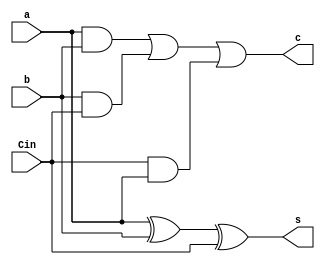
module FA_df(s, c, a, b, Cin);
  input a, b, Cin;
  output s, c;
  
  assign s=a^b^Cin;
  assign c=a&b | b&Cin | Cin&a;
  
endmodule